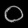
Digit: ၀